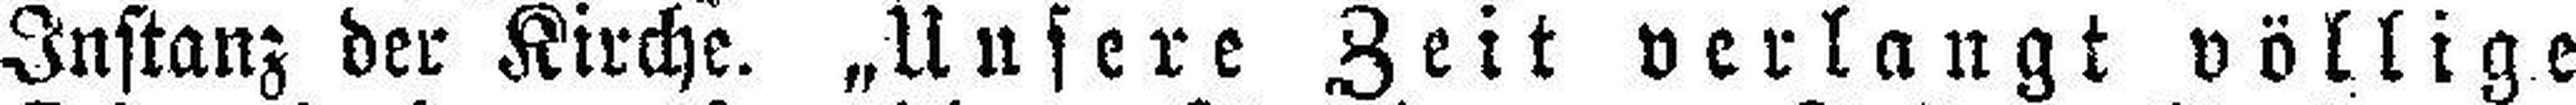
Instanz der Kirche. „Unsere Zeit verlangt völlige